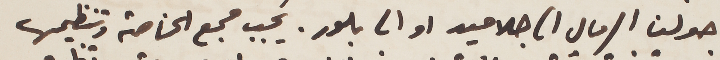
حولت الرمال الى جلاميد او الى بلور. يجب جمع الخاصة وتنظيمها